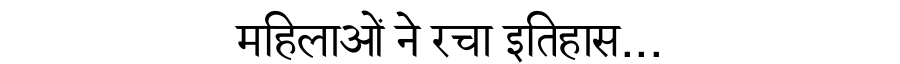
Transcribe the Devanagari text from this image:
महिलाओं ने रचा इतिहास...